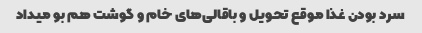
سرد بودن غذا موقع تحویل و باقالی‌های خام و گوشت هم بو میداد